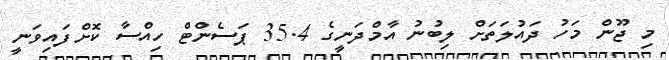
މި ޖޫން މަހު ދައުލަތަށް ލިބުނު އާމްދަނީގެ 35.4 ޕަސެންޓް ހިއްސާ ކޮށްފައިވަނީ